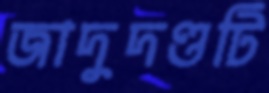
জাদুদণ্ডটি